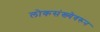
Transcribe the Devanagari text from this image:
लोकसंख्येवरून